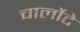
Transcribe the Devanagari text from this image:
चार्लोटे